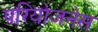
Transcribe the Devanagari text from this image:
परियोजनेस